Report on the working of the Ranchi Indian Mental Hospital, Kanke, in Bihar and Orissa - 1930-1940
Year: 1930
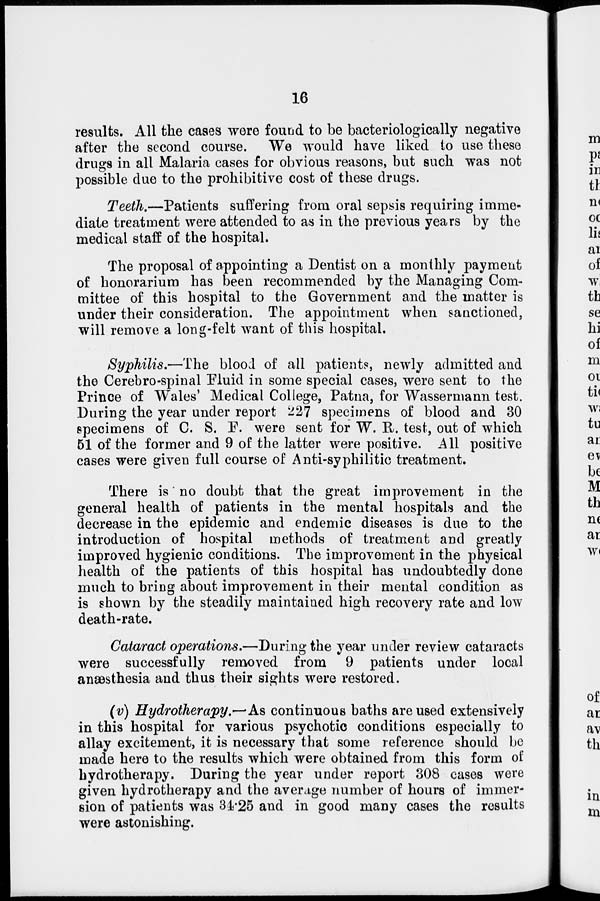
16
results. All the cases were found to be bacteriologically negative
after the second course. We would have liked to use these
drugs in all Malaria cases for obvious reasons, but such was not
possible due to the prohibitive cost of these drugs.
Teeth.—Patients suffering from oral sepsis requiring imme-
diate treatment were attended to as in the previous years by the
medical staff of the hospital.
The proposal of appointing a Dentist on a monthly payment
of honorarium has been recommended by the Managing Com-
mittee of this hospital to the Government and the matter is
under their consideration. The appointment when sanctioned,
will remove a long-felt want of this hospital.
Syphilis.—The blood of all patients, newly admitted and
the Cerebro-spinal Fluid in some special cases, were sent to the
Prince of Wales' Medical College, Patna, for Wassermann test.
During the year under report 227 specimens of blood and 30
specimens of C. S. F. were sent for W. R. test, out of which
51 of the former and 9 of the latter were positive. All positive
cases were given full course of Anti-syphilitic treatment.
There is no doubt that the great improvement in the
general health of patients in the mental hospitals and the
decrease in the epidemic and endemic diseases is due to the
introduction of hospital methods of treatment and greatly
improved hygienic conditions. The improvement in the physical
health of the patients of this hospital has undoubtedly done
much to bring about improvement in their mental condition as
is shown by the steadily maintained high recovery rate and low
death-rate.
Cataract operations.—During the year under review cataracts
were successfully removed from 9 patients under local
anæsthesia and thus their sights were restored.
(v) Hydrotherapy.—As continuous baths are used extensively
in this hospital for various psychotic conditions especially to
allay excitement, it is necessary that some reference should be
made here to the results which were obtained from this form of
hydrotherapy. During the year under report 308 cases were
given hydrotherapy and the average number of hours of immer-
sion of patients was 34.25 and in good many cases the results
were astonishing.